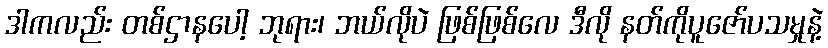
ဒါကလည်း တစ်ဌာနပေါ့ ဘုရား၊ ဘယ်လိုပဲ ဖြစ်ဖြစ်လေ ဒီလို နတ်ကိုပူဇော်ပသမှုနဲ့